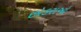
છોકરાઓ